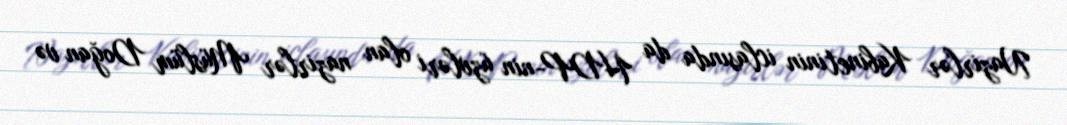
Nazirlər Kabinetinin iclasında da HDP-nin üzvləri olan nazirlər Müslüm Doğan və